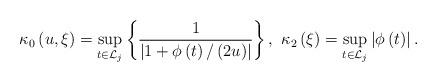
LaTeX: \begin{align*}\kappa _{0}\left( u,\xi \right) =\sup_{t\in \mathcal{L}_{j}}\left\{ \frac{1}{\left\vert {1+\phi \left( t\right) /\left( {2u}\right) }\right\vert }\right\} ,\ \kappa _{2}\left( \xi \right) =\sup_{t\in \mathcal{L}_{j}}\left\vert {\phi \left( t\right) }\right\vert .\end{align*}